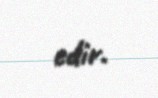
edir.